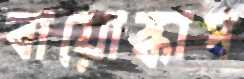
বায়োস্কাপ